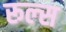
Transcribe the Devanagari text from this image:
रूल्‍स